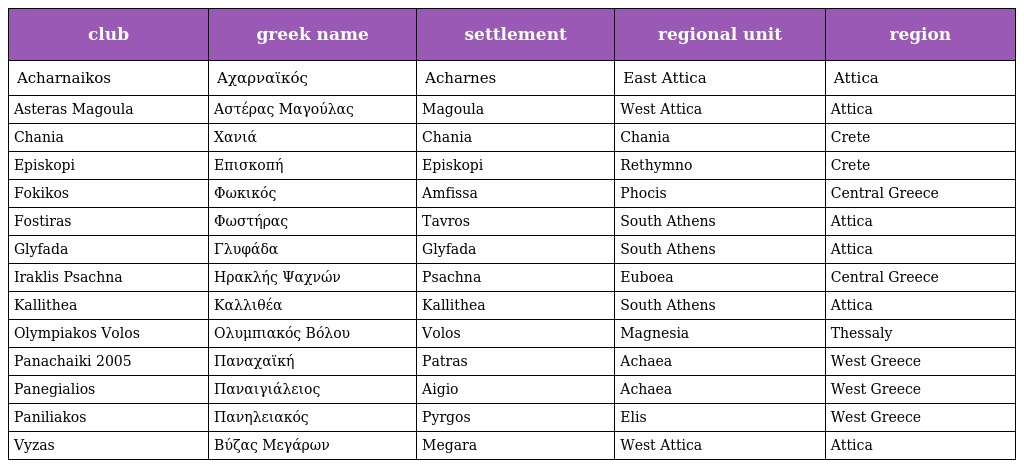
| club | greek name | settlement | regional unit | region |
 | --- | --- | --- | --- | --- |
 | Acharnaikos | Αχαρναϊκός | Acharnes | East Attica | Attica |
 | Asteras Magoula | Αστέρας Μαγούλας | Magoula | West Attica | Attica |
 | Chania | Χανιά | Chania | Chania | Crete |
 | Episkopi | Επισκοπή | Episkopi | Rethymno | Crete |
 | Fokikos | Φωκικός | Amfissa | Phocis | Central Greece |
 | Fostiras | Φωστήρας | Tavros | South Athens | Attica |
 | Glyfada | Γλυφάδα | Glyfada | South Athens | Attica |
 | Iraklis Psachna | Ηρακλής Ψαχνών | Psachna | Euboea | Central Greece |
 | Kallithea | Καλλιθέα | Kallithea | South Athens | Attica |
 | Olympiakos Volos | Ολυμπιακός Βόλου | Volos | Magnesia | Thessaly |
 | Panachaiki 2005 | Παναχαϊκή | Patras | Achaea | West Greece |
 | Panegialios | Παναιγιάλειος | Aigio | Achaea | West Greece |
 | Paniliakos | Πανηλειακός | Pyrgos | Elis | West Greece |
 | Vyzas | Βύζας Μεγάρων | Megara | West Attica | Attica |